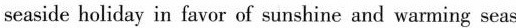
seaside holiday in favor of sunshine and warming seas